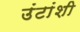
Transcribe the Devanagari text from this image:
उंटांशी